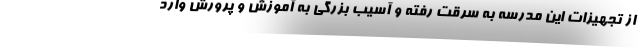
از تجهیزات این مدرسه به سرقت رفته و آسیب بزرگی به آموزش و پرورش وارد